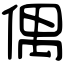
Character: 偶